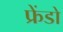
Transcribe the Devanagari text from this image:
फ्रेंडो